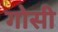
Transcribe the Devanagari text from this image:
गोसी